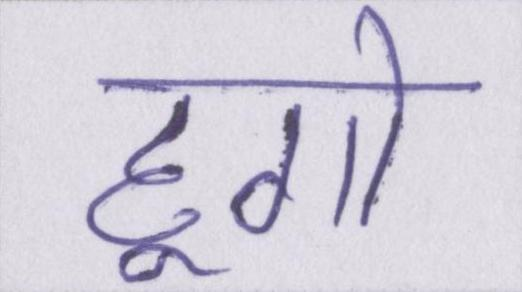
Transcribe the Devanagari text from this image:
हूगो